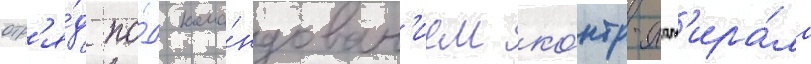
отр'я́д по́д кома́ндован'ием ко́нтр-адм'ира́ла